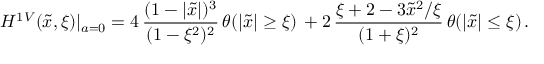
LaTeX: H ^ { 1 V } ( \tilde { x } , \xi ) | _ { a = 0 } = 4 \, \frac { ( 1 - | \tilde { x } | ) ^ { 3 } } { ( 1 - \xi ^ { 2 } ) ^ { 2 } } \, \theta ( | \tilde { x } | \geq \xi ) \, + 2 \, \frac { \xi + 2 - 3 \tilde { x } ^ { 2 } / \xi } { ( 1 + \xi ) ^ { 2 } } \, \theta ( | \tilde { x } | \leq \xi ) \, .